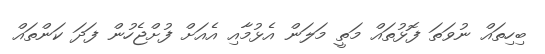
ބިހިތައް ނުވަތަ ފޮޅުތައް މަތީ މަލަން އެޅުމާއި އެއަށް ފުށްޖެހުން ފަދަ ކަންތައް